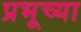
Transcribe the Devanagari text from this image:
प्रभूच्या